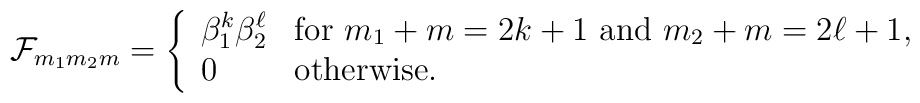
{\cal F}_{m_1m_2m}=\left\{\begin{array}{ll}\beta _1^k\beta _2^\ell & \mbox{for $m_1+m=2k+1$ and $m_2+m=2\ell+1$,} \\0 & \mbox{otherwise.}\end{array}\right.